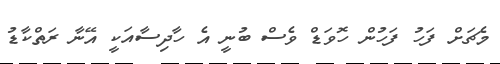
މެޗަށް ފަހު ފަހުން ހޮވަޑް ވެސް ބުނީ އެ ހާދިސާއަކީ އޭނާ ރަތްކާޑު